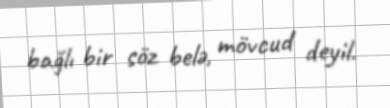
bağlı bir söz belə, mövcud deyil.